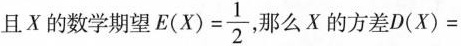
且X的数学期望 $$E ( X ) = \frac { 1 } { 2 }$$，那么X的方差$$D ( X ) =$$